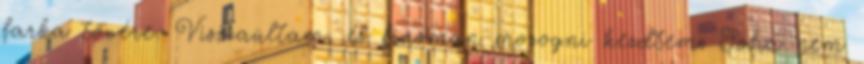
farka tövére. Visszaültam, és finoman mozogni kezdtem. Soha nem